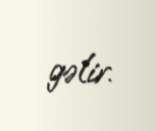
gəlir.